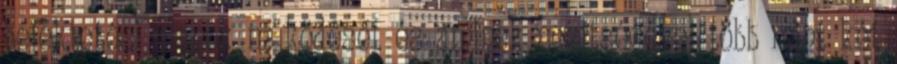
befektetési alapok működését és aminek segítségével több mint két